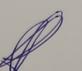
Signature authenticity: genuine